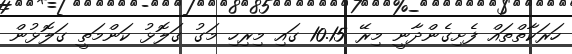
ހަރަކާތްތައް ފެށިގެންދާނީ މިރޭ 10.15 ގަައި މިރިހި މަގު ގަލޮޅު ކަންމަތީ ގަލޮޅުން